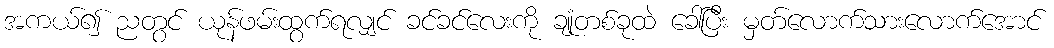
အကယ်၍ ညတွင် ယုန်ဖမ်းထွက်ရလျှင် ခင်ခင်လေးကို ချုံတစ်ခုထဲ ခေါ်ပြီး မှတ်လောက်သားလောက်အောင်